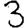
Digit: 3